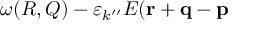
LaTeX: \omega ( R , Q ) - \varepsilon _ { k ^ { \prime \prime } } E ( { \bf r } + { \bf q } - { \bf p }